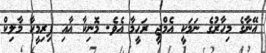
އޭނާގެ މިހާރުގެ ނަމަކީ އެމްޖީ ރަހީމާ އެވެ. މޮނިކާ އާއި ފިރިމީހާ މާލިކް